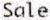
SALE